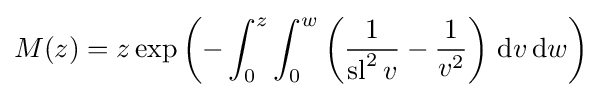
M(z)=z\exp \left(-\int _{0}^{z}\int _{0}^{w}\left({\frac {1}{\operatorname {sl} ^{2}v}}-{\frac {1}{v^{2}}}\right)\,\mathrm {d} v\,\mathrm {d} w\right)